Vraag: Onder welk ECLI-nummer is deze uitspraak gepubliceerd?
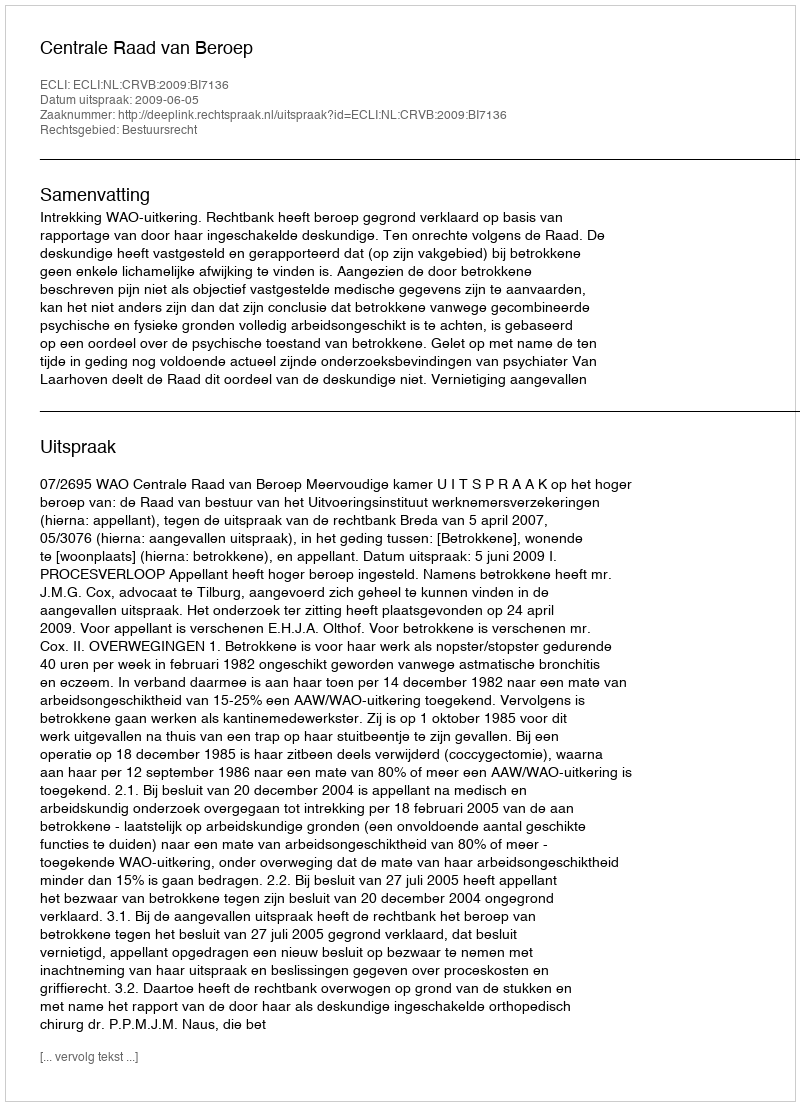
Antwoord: ECLI:NL:CRVB:2009:BI7136